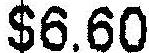
$6.60